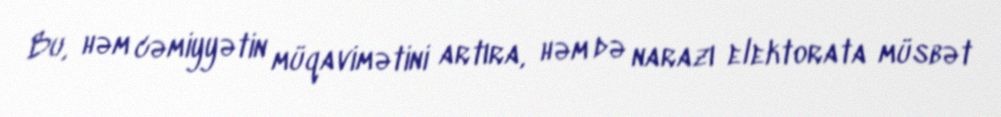
Bu, həm cəmiyyətin müqavimətini artıra, həm də narazı elektorata müsbət